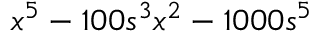
x ^ { 5 } - 1 0 0 s ^ { 3 } x ^ { 2 } - 1 0 0 0 s ^ { 5 }